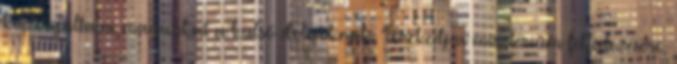
kiszolgáltatni magunkat a külső dolgoknak. "Törekedj a misztérium felfedezésére,